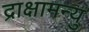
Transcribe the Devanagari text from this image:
द्राक्षामन्यु